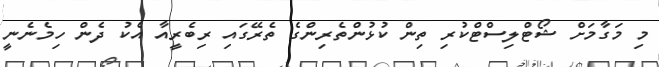
މި މަގާމަށް ޝޯޓްލިސްޓްކުރި ތިން ކުޅުންތެރިންގެ ތެރޭގައި ރިބެރީއާ އެކު ދެން ހިމެނެނީ